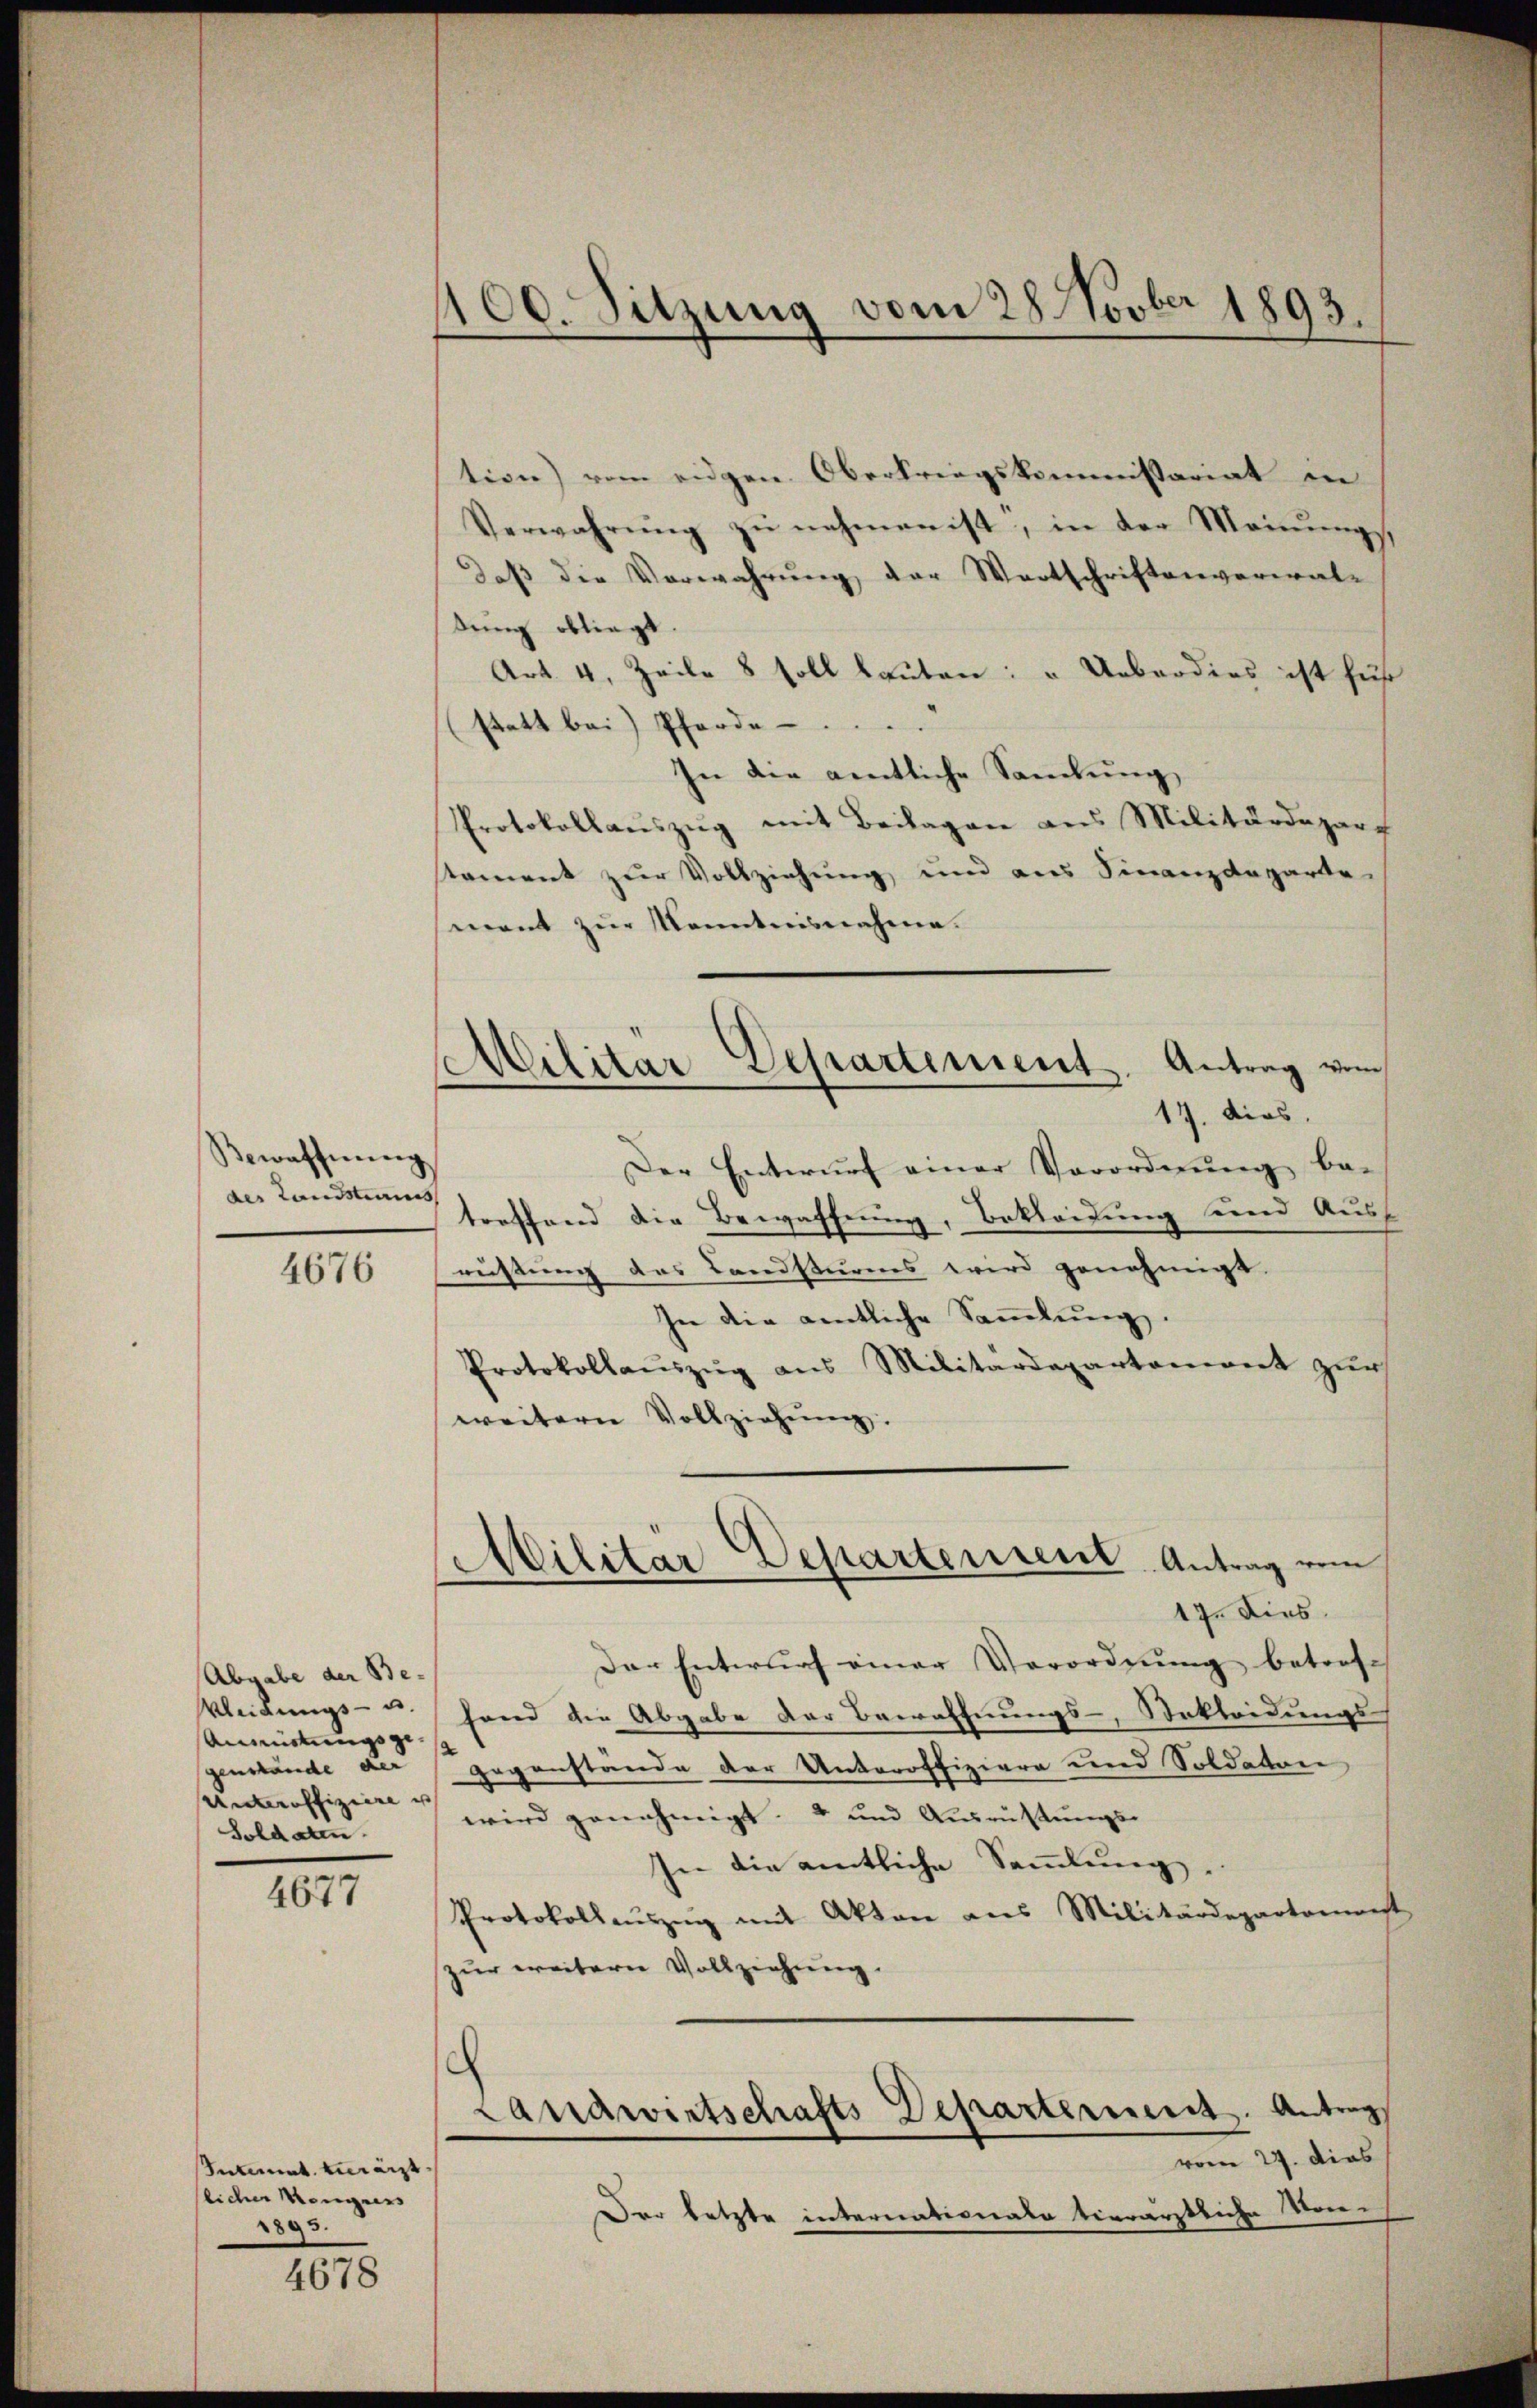
Bewaffnŭng
des Landsteines

4676

Abgabe der Be-
Kleidungs- u.
Anmittungsge
genstände der
Unteroffiziere u
Soldaten.

4677

Intimat verärzt
flicher Menges
1893.

4678

100. Sitzung vom 28. Novber 1893.

MMilitär Departement. Antrag vom
17. dies

tion) vom eidgen. Oberkriegskommissariat in
Verwahrung zu nehmen ist, in der Meinungsdaß die Verwahrung der Wortschriftenverwal-
dung obliegt.
Art. 4, Zeile 8 soll lauten: " Ueberdies ist für
statt bei Pferde.
In die amtliche Samlung,
Protokollaŭszŭg mit Beilagen aus Militärdepar
stament zur Vollziehung und aus Finanzdeparte
ment zur Kenntnisnahme.
Der Entwurf einer Verordnung be-
treffend die Bewaffnung, Bekleidung und Auss
rüstung des Landsturms wird genehmigt.
In die amtliche Sammlung.
Protokollaŭszŭg ans Militärdepartament zŭr
weitern Vollziehŭng.
Militär Departenseil Antrag vom
17. Dies
Der Entwŭrf einer Verordnŭng betrofe
hand die Abgabe der Bewaffnungs-Sekleidungs-
gegenstande der Unteroffiziere und Soldatore
wird genehmigt u und Ausrüstungs-
In die amtliche Sammlung.
Protokollaŭszŭg mit Akten aus Militärdepartamenst
zur weitern Vollziehung.
Landwirtschafts Departement. Antrags
vom 27. dies
Der letzte internationale tierärztliche Von-